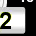
Digit: 2